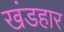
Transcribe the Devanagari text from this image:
खंडहार